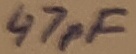
Text: 47pF